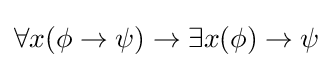
\forall x(\phi \to \psi )\to \exists x(\phi )\to \psi